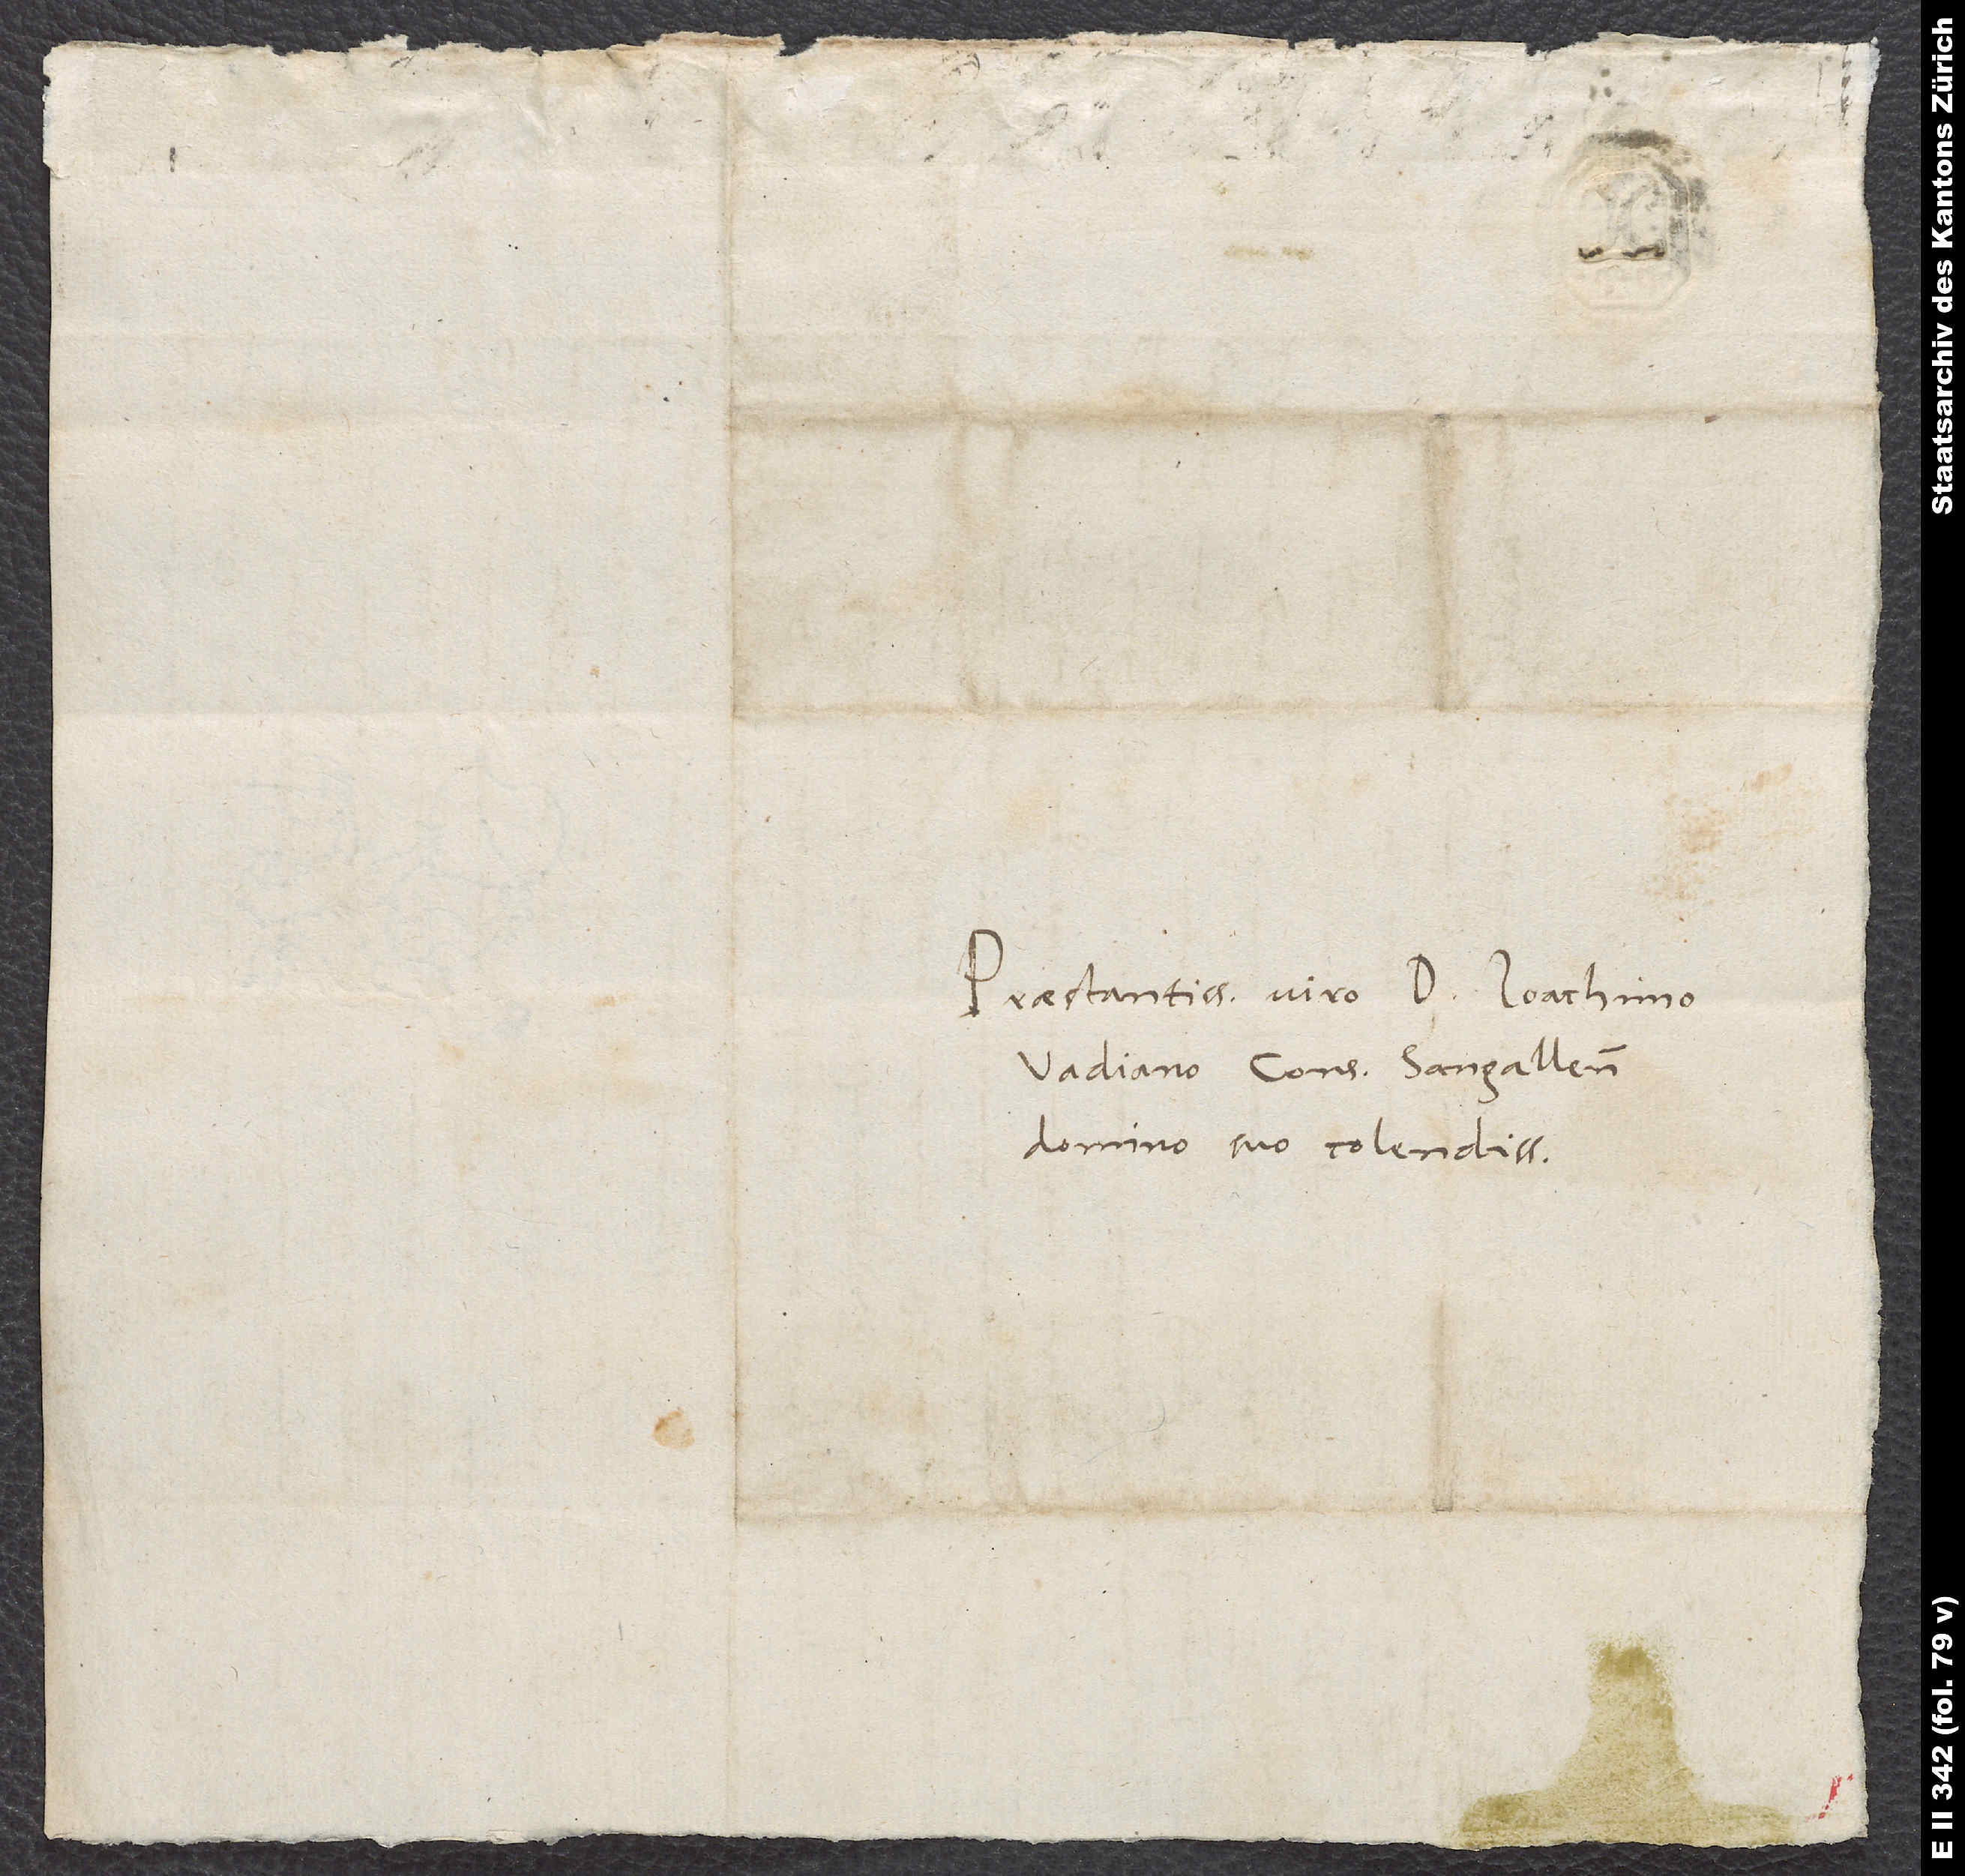
Praestantissimo viro D. Ioachimo
Vadiano, consuli Sangal